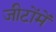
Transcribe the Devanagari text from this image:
जीटोंमें